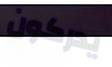
يدركون